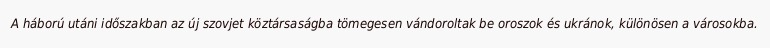
A háború utáni időszakban az új szovjet köztársaságba tömegesen vándoroltak be oroszok és ukránok, különösen a városokba.